Report on the treatment of epidemic cholera: from information collected by the governments of Bengal, Madras, Bombay, N.W. Provinces, Punjab, Oudh, and Central India, by order of the Government of India
Disease focus: Cholera
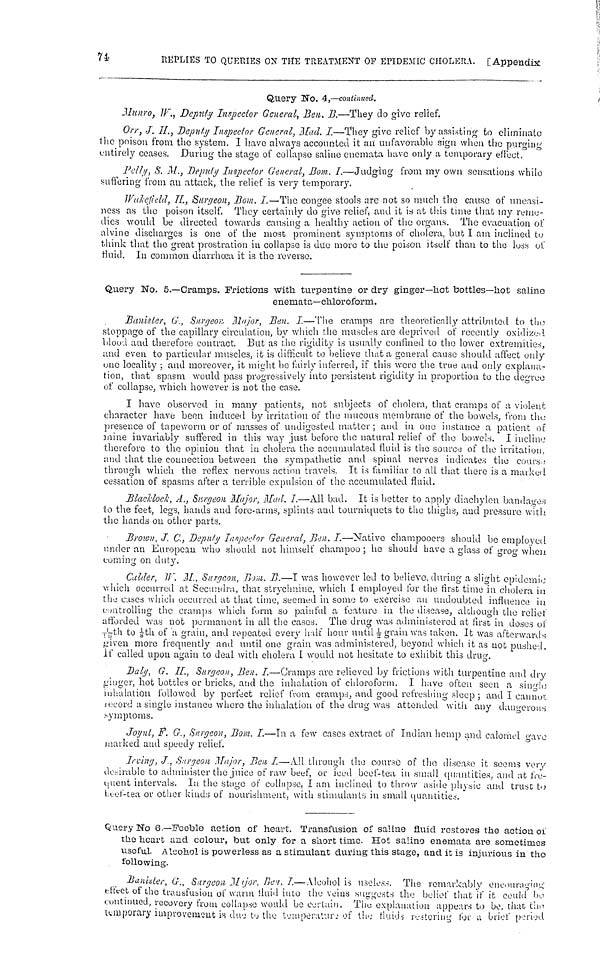
74
REPLIES TO QUERIES ON THE TREATMENT OF EPIDEMIC CHOLERA. [ Appendix
Qtiery No. 4,—continued.
Munro, W., Deputy Inspector General, Ben. B.—They do give relief.
Orr, J. H., Deputy Inspector General, Had. I.—They give relief by assisting to eliminate
the poison from the system. I have always accounted it an unfavorable sign when the purging
entirely ceases. During the stage of collapse saline enemata have only a temporary effect.
Pelly, S. M., Deputy Inspector General, Bom. I.—Judging from my own sensations while
suffering from an attack, the relief is very temporary.
Wakefield, H., Surgeon, Bom. I.—The congee stools are not so much the cause of uneasi-
ness as the poison itself. They certainly do give relief, and it is at this time that my reme-
dies would be directed towards causing a healthy action of the organs. The evacuation of
alvine discharges is one of the most prominent symptoms of cholera, but I am inclined tu
think that the great prostration in collapse is due more to the poison itself than to the loss of
fluid. In common diarrhœa it is the reverse.
Query No. 5.—Cramps. Frictions with turpentine or dry ginger—hot bottles—hot saline
enemata—chloroform.
Banister, G., Surgeon Major, Ben. I,—The cramps are theoretically attributed to the
stoppage of the capillary circulation, by which the muscles are deprived of recently oxidized
blood and therefore contract. But as the rigidity is usually confined to the lower extremities,
and even to particular muscles, it is difficult to believe that a general cause should affect only
one locality ; and moreover, it might be fairly inferred, if this were the true and only explana-
tion, that spasm would pass progressively into persistent rigidity in proportion to the degree
of collapse, which however is not the case.
I have observed in many patients, not subjects of cholera, that cramps of a violent
character have been induced by irritation of the mucous membrane of the bowels, from the
presence of tapeworm or of masses of undigested matter ; and in one instance a patient of
mine invariably suffered in this way just before the natural relief of the bowels. I inclino
therefore to the opinion that in cholera the accumulated fluid is the source of the irritation,
and that the connection between the sympathetic and spinal nerves indicates the cours
through which the reflex nervous action travels. It is familiar to all that there is a marked
cessation of spasms after a terrible expulsion of the accumulated fluid.
Blacklock, Α., Surgeon, Major, Mad. I.—-All bad. It is better to apply diachylon bandage
to the feet, legs, hands and fore-arms, splints and tourniquets to the thighs, and pressure with
the hands on other parts.
Brown, J. C., Deputy Inspector General, Ben. I.—Native champooers should be employed
under an European who should not himself champoo ; he should have a glass of grog when
coming on duty.
Culder, W. M, Surgeon, Bom. B.—I was however led to believe, during a slight epidemic
which occurred at Secundra, that strychnine, which I employed for the first time in cholera in
the cases which occurred at that time, seemed in some to exercise an undoubted influence in
controling the cramps which form so painful a feature in the disease, although the relief
afforded was not permanent in all the cases. The drug was administered at first in doses of
1/10th to 1/8th of a grain, and repeated every half hour until ½ grain was taken. It was afterwards
given more frequently and until one grain was administered, beyond which it as not pushed.
If called upon again to deal with cholera I would not hesitate to exhibit this drug.
Daly, G. II., Surgeon, Ben. I.—Cramps arc relieved by frictions with turpentine and dry
ginger, hot bottles or bricks, and the inhalation of chloroform. I have often seen a single
inhalation followed by perfect relief from cramps, and good refreshing sleep ; and I cannot
record a single instance where the inhalation of the drug was attended with any dangerous
symptoms.
Joynt, F. G., Surgeon, Bom. I.—In a few cases extract of Indian hemp and calomel gave
marked and speedy relief.
Irving, J, Surgeon Major, Ben I.—All through the course of the disease it seems very
desirable to administer the juice of raw beef, or iced beef-tea in small quantities, and at fre-
quent intervals. In the stage of collapse, I am inclined to throw aside physic and trust to
\ill\-tea or other kinds of nourishment, with stimulants in small quantities.
Query No 6.—Feeble action of heart. Transfusion of saline fluid restores the action of
the heart and colour, but only for a short time. Hot saline enemata are sometimos
useful. Alcohol is powerless as a stimulant during this stage, and it is injurious in the
following.
Banister, G·., Surgeon. Major, Ben. I.— Aleohol is useless. The remarkably encouraging
effect of the trausfuaion of warm fluid into the veins suggests the belief that if it could be
continued, recovery from collapse would be certain. The explanation appears to be, that the
temporary improvement is due to the temperature of the fluids restoring for α brief period